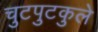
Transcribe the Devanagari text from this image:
चुटपुटकुले